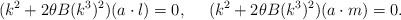
\begin{align*}(k^2 + 2\theta B(k^3)^2)(a\cdot l)=0, \ \ \ \ (k^2 +2\theta B (k^3)^2)(a\cdot m)=0.\end{align*}